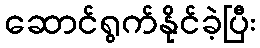
ဆောင်ရွက်နိုင်ခဲ့ပြီး